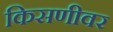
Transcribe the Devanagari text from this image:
किसणीवर